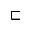
\sqsubset